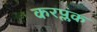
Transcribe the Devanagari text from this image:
करप्लंक